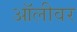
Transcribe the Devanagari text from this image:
ऑलीवर